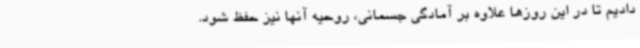
دادیم تا در این روزها علاوه بر آمادگی جسمانی، روحیه آنها نیز حفظ شود.